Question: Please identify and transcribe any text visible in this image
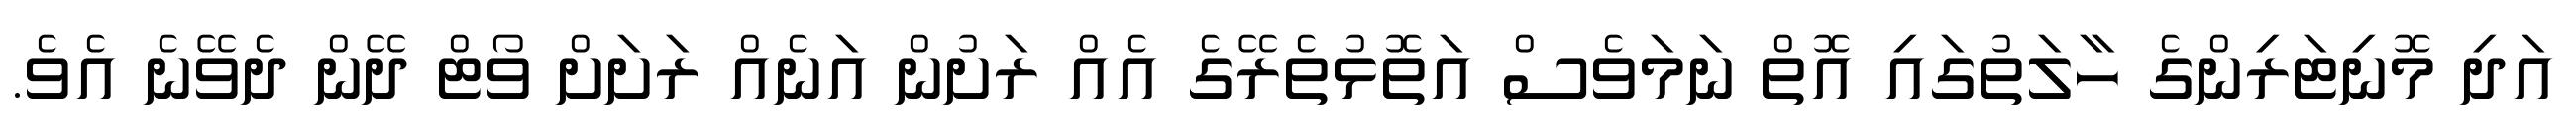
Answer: އަދި މޮނިޓަރިންގެ ހާލަތުގައި އޮތް ނަމަވެސް އަތޮޅުތެރޭގެ އެއް ރަށުން އަނެއް ރަށަށް ވޯޓް ދޭން ދެވޭނެ އެވެ.